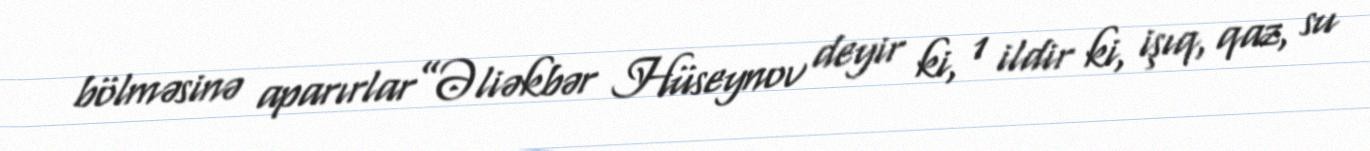
bölməsinə aparırlar”Əliəkbər Hüseynov deyir ki, 1 ildir ki, işıq, qaz, su